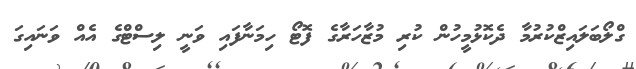
ގްލޯބަލައިޒްކުރުމާ ދެކޮޅުމީހުން ކުރި މުޒާހަރާގެ ފޮޓޯ ހިމަނާފައި ވަނީ ލިސްޓްގެ އެއް ވަނައިގަ